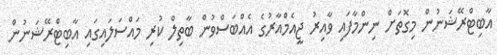
އާބިޓްރޭޝަނުން މިގޮތަށް ނިންމާފައި ވާއިރު ޖީއެމްއާރުގެ އެއްބަސްވުން ބާތިލް ކުރި މައްސަލައިގައި އާބިޓްރޭޝަނުން